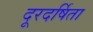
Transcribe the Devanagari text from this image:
दूरदर्षिता